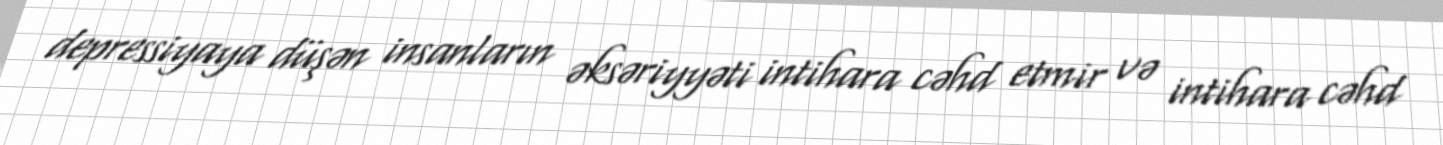
depressiyaya düşən insanların əksəriyyəti intihara cəhd etmir və intihara cəhd